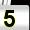
Digit: 5